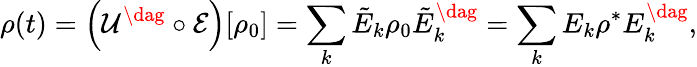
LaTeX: \rho(t)=\left(\mathcal{U^{\dag}\circ E}\right)[\rho_{0}]=\sum_{k}\tilde{E}_{k}\rho_{0}\tilde{E}_{k}^{\dag}=\sum_{k}E_{k}\rho^{*}E_{k}^{\dag},